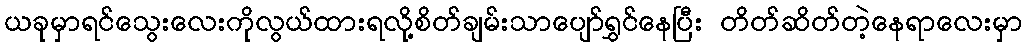
ယခုမှာရင်သွေးလေးကိုလွယ်ထားရလို့စိတ်ချမ်းသာပျော်ရွှင်နေပြီး တိတ်ဆိတ်တဲ့နေရာလေးမှာ